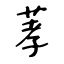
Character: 䓔